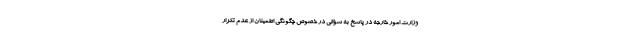
وزارت امور خارجه در پاسخ به سؤالی در خصوص چگونگی اطمینان از عدم تکرار